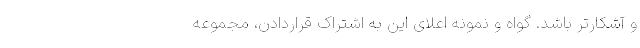
و آشکارتر باشد. گواه و نمونه اعلای این به اشتراک قراردادن، مجموعه